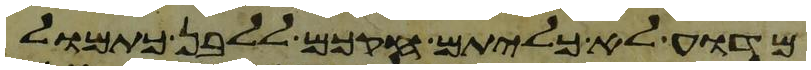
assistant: מדוע לא כליתם חקכם ללבן כתמול